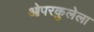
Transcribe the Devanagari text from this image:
ओपरकुलेला